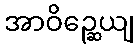
အာဝိဉ္ဆေယျ